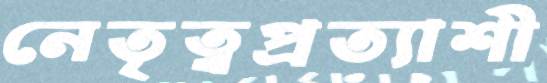
নেতৃত্বপ্রত্যাশী